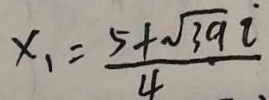
x _ { 1 } = \frac { 5 + \sqrt { 3 9 } i } { 4 }